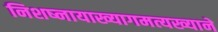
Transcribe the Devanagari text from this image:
निशष्नायाख्यागमत्यख्याने